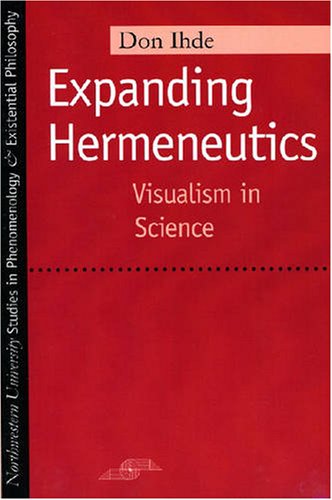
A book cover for Expanding Hermeneutics: Visualism in Science (Studies in Phenomenology and Existential Philosophy); Don Ihde; Science & Math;